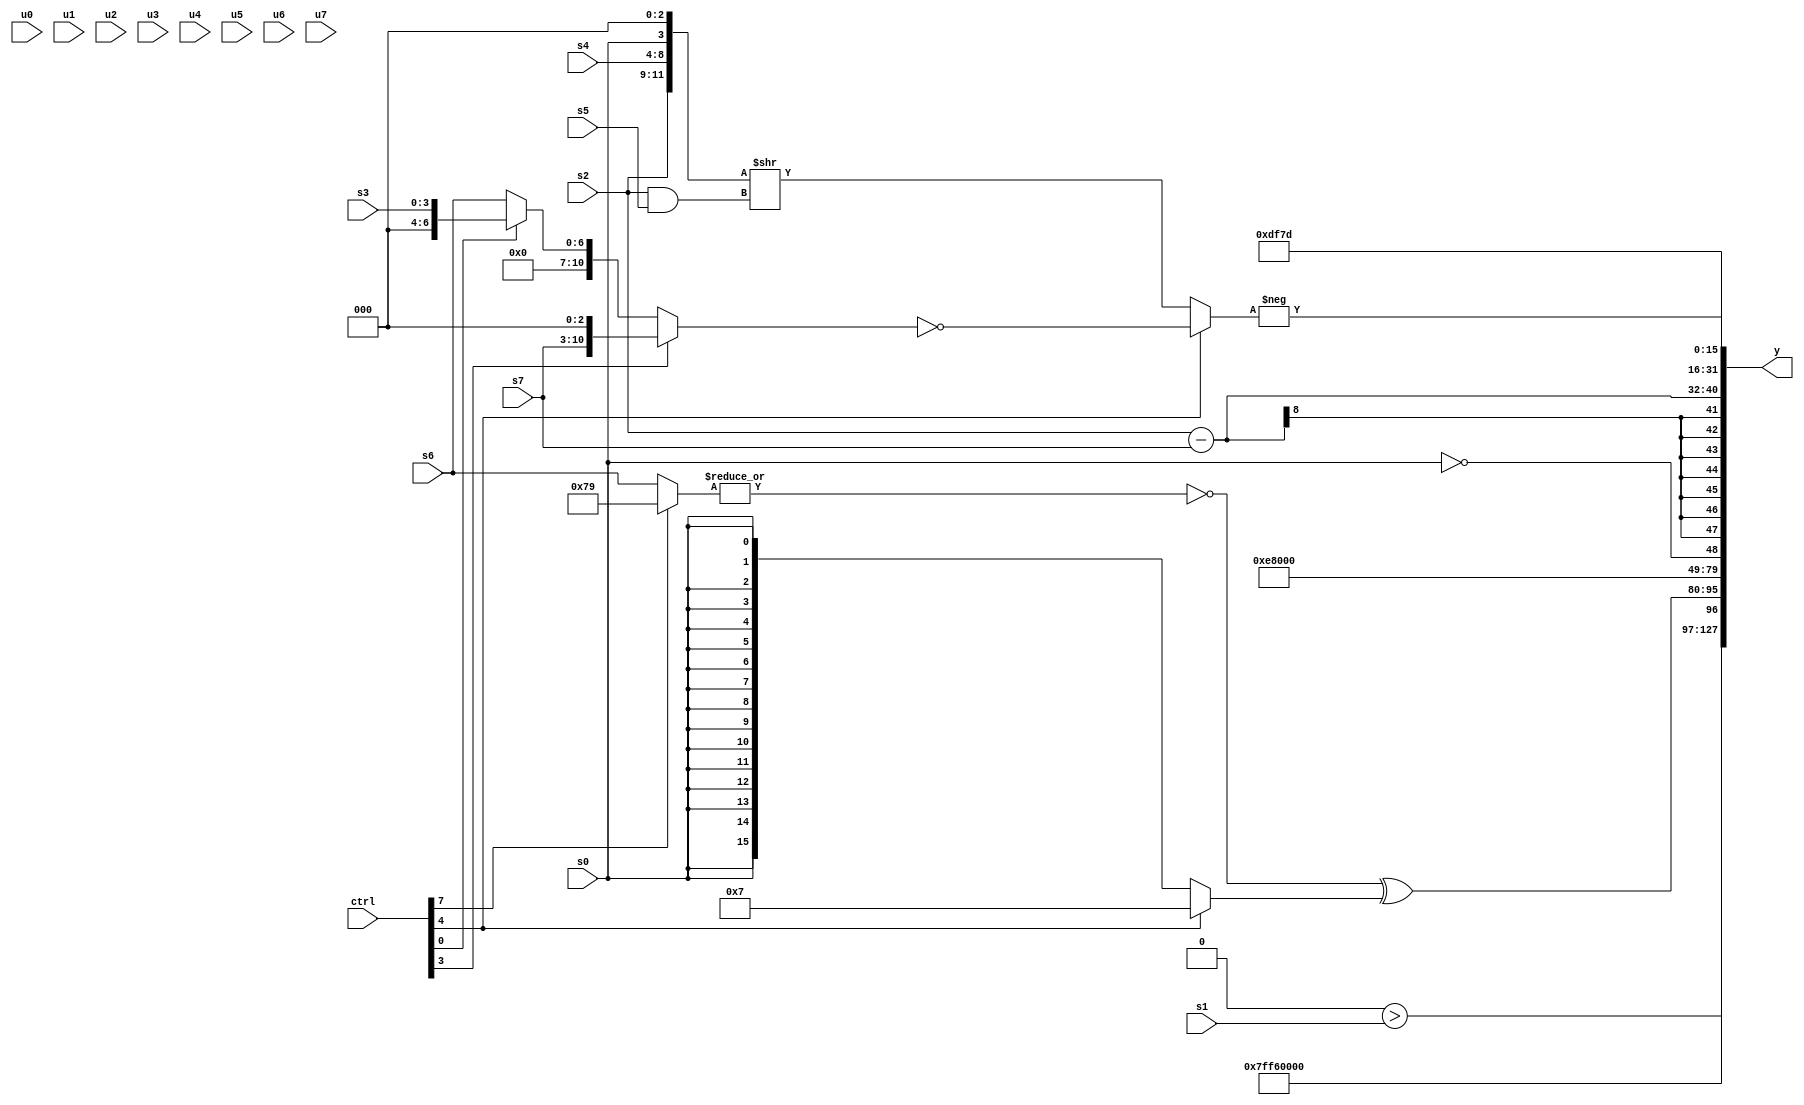
module wideexpr_00289(ctrl, u0, u1, u2, u3, u4, u5, u6, u7, s0, s1, s2, s3, s4, s5, s6, s7, y);
  input [7:0] ctrl;
  input [0:0] u0;
  input [1:0] u1;
  input [2:0] u2;
  input [3:0] u3;
  input [4:0] u4;
  input [5:0] u5;
  input [6:0] u6;
  input [7:0] u7;
  input signed [0:0] s0;
  input signed [1:0] s1;
  input signed [2:0] s2;
  input signed [3:0] s3;
  input signed [4:0] s4;
  input signed [5:0] s5;
  input signed [6:0] s6;
  input signed [7:0] s7;
  output [127:0] y;
  wire [15:0] y0;
  wire [15:0] y1;
  wire [15:0] y2;
  wire [15:0] y3;
  wire [15:0] y4;
  wire [15:0] y5;
  wire [15:0] y6;
  wire [15:0] y7;
  assign y = {y0,y1,y2,y3,y4,y5,y6,y7};
  assign y0 = $signed($unsigned(6'sb101100));
  assign y1 = (1'sb0)>(s1);
  assign y2 = ($signed(~|((ctrl[7]?(2'sb11)&(6'sb111001):s6))))^((ctrl[4]?4'sb0111:(s0)>>>((+(4'sb0011))|(-(6'b101000)))));
  assign y3 = 5'b11101;
  assign y4 = !(s0);
  assign y5 = (s2)-(s7);
  assign y6 = {4{6'sb111101}};
  assign y7 = -((ctrl[4]?~((ctrl[3]?(s7)<<(2'sb11):(ctrl[0]?s3:s6))):({{s2,s4,s0},3'sb000})>>(($signed(s2))&(+(s5)))));
endmodule